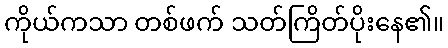
ကိုယ်ကသာ တစ်ဖက် သတ်ကြိတ်ပိုးနေ၏။